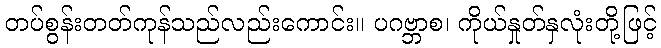
တပ်စွန်းတတ်ကုန်သည်လည်းကောင်း။ ပဂဗ္ဘာစ၊ ကိုယ်နှုတ်နှလုံးတို့ဖြင့်